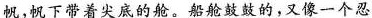
帆，帆下带着尖底的舱。船舱鼓鼓的，又像一个忍